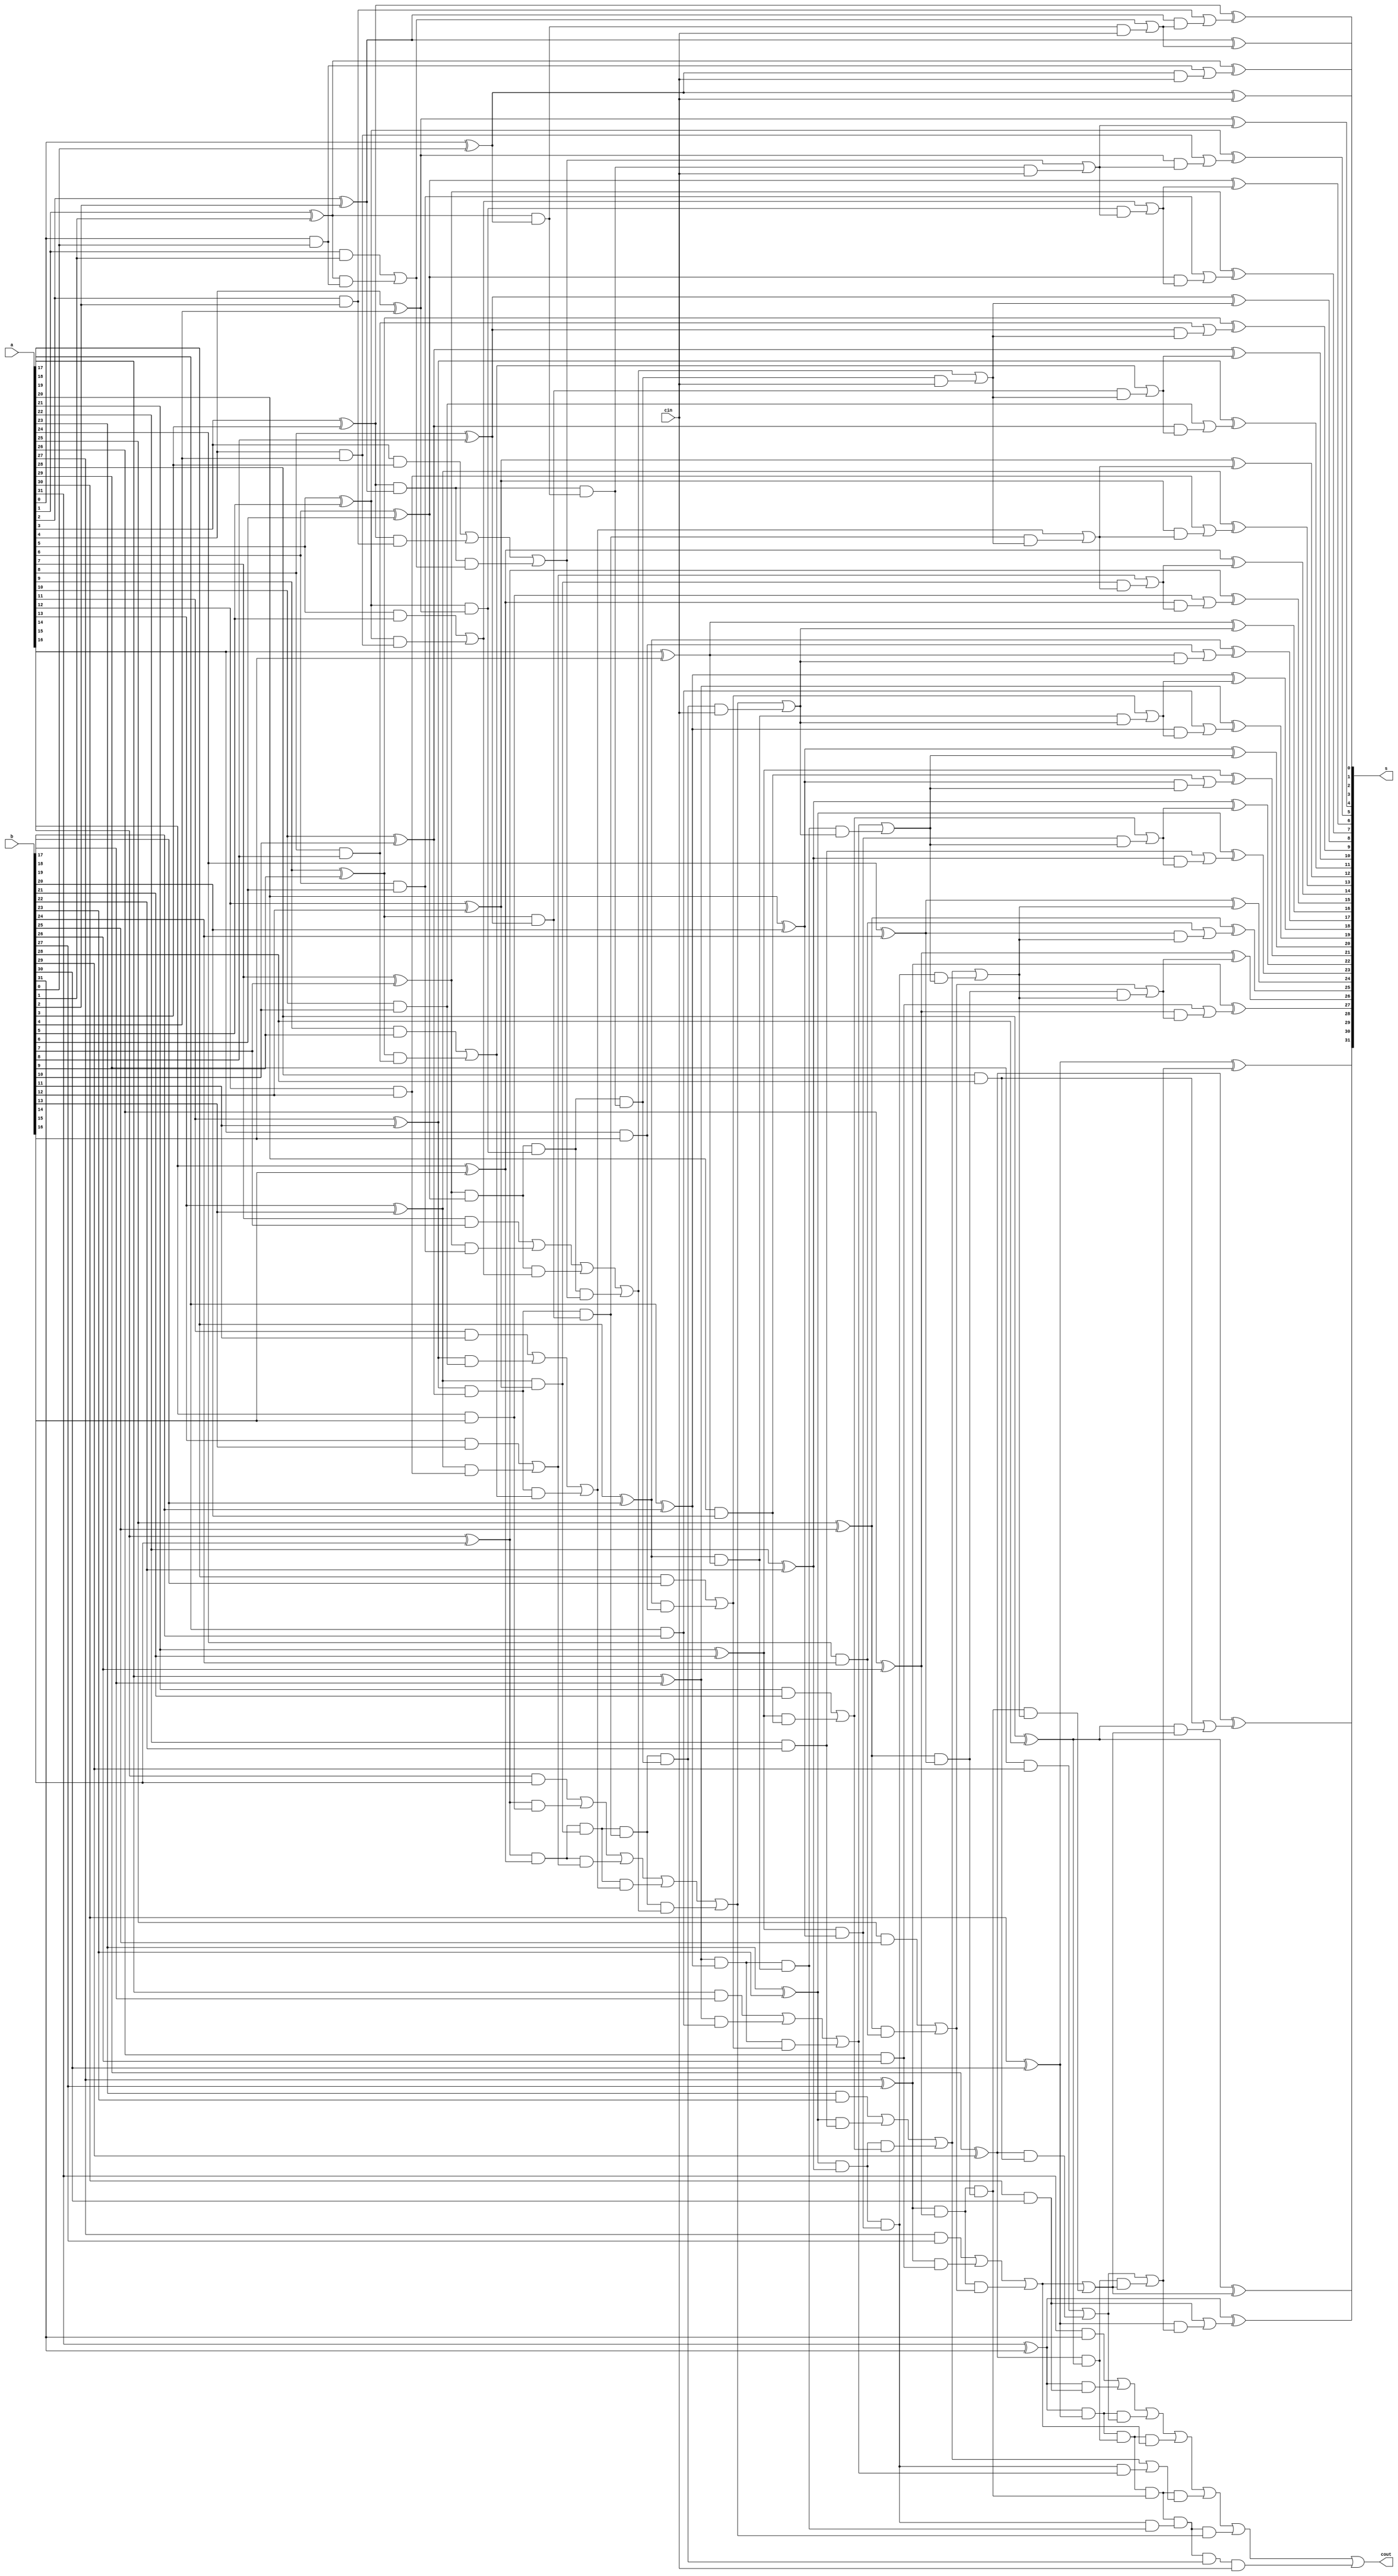
module bentkung(a,b,cin,s,cout);
input[31:0] a,b;
input cin;
output[31:0] s;
output cout;
wire [32:0] c;
wire[31:0] p1,g1;
wire[15:0] p2,g2;
wire[7:0] p3,g3;
wire[3:0] p4,g4;
wire[1:0] p5,g5;
wire [0:0]p6,g6;
assign c[0]=cin;
genvar i;
generate
for(i=0;i<=31;i=i+1)
begin: a1
assign p1[i]=a[i] ^ b[i];
assign g1[i]=a[i] & b[i];

end
endgenerate

generate
for(i=0;i<=15;i=i+1)
begin : a2
assign p2[i]= p1[2*i+1] & p1[2*i];
assign g2[i]= g1[2*i+1]| (p1[2*i+1] & g1[2*i]);
end
endgenerate

generate
for(i=0;i<=7;i=i+1)
begin: a3
assign p3[i]= p2[2*i+1] & p2[2*i];
assign g3[i]=g2[2*i+1]| (p2[2*i+1] & g2[2*i]);
end
endgenerate

generate
for(i=0;i<=3;i=i+1)
begin: a4
assign p4[i]=p3[2*i+1] & p3[2*i];
assign g4[i]=g3[2*i+1] |  (p3[2*i+1] & g3[2*i]);
end
endgenerate

generate
for(i=0;i<=1;i=i+1)
begin: a5
assign p5[i]=p4[2*i+1] & p4[2*i];
assign g5[i]=g4[2*i+1] |  (p4[2*i+1] & g4[2*i]);
end
endgenerate

generate
for(i=0;i<=0;i=i+1)
begin: a6
assign p6[i]=p5[2*i+1] & p5[2*i];
assign g6[i]=g5[2*i+1] |  (p5[2*i+1] & g5[2*i]);
end
endgenerate

assign c[1]= g1[0] | ( p1[0] & c[0]);
assign c[2]= g2[0] | ( p2[0] & c[0]);
assign c[4]= g3[0] | ( p3[0] & c[0]);
assign c[8]= g4[0] | ( p4[0] & c[0]);
assign c[16]= g5[0] | ( p5[0] & c[0]);
assign c[32]= g6[0] | ( p6[0] & c[0]);

assign c[3]=g1[2] | (p1[2] & c[2]);
assign c[5]= g1[4] | ( p1[4] & c[4]);
assign c[6]= g2[2] | ( p2[2] & c[4]);
assign c[9]= g1[8] | ( p1[8] & c[8]);
assign c[10]= g2[4] | ( p2[4] & c[8]);
assign c[12]= g3[2] | ( p3[2] & c[8]);


assign c[13]= g1[12] | ( p1[12] & c[12]);
assign c[7]= g1[6] | ( p1[6] & c[6]);
assign c[11]= g1[10] | ( p1[10] & c[10]);
assign c[14]= g2[6] | ( p2[6] & c[12]);


assign c[15]= g1[14] | ( p1[14] & c[14]);
assign c[17]= g1[16] | ( p1[16] & c[16]);
assign c[18]= g2[8] | ( p2[8] & c[16]);
assign c[20]= g3[4] | ( p3[4] & c[16]);

assign c[19]= g1[18] | ( p1[18] & c[18]);
assign c[21]= g1[20] | ( p1[20] & c[20]);
assign c[22]= g2[10] | ( p2[10] & c[20]);
assign c[24]= g3[5] | ( p3[5] & c[20]);

assign c[23]= g1[22] | ( p1[22] & c[22]);
assign c[25]= g1[24] | ( p1[24] & c[24]);
assign c[26]= g2[12] | ( p2[12] & c[24]);
assign c[28]= g3[6] | ( p3[6] & c[24]);

assign c[27]= g1[26] | ( p1[26] & c[26]);
assign c[29]= g1[28] | ( p1[28] & c[28]);
assign c[30]= g2[14] | ( p2[14] & c[28]);

assign c[31]= g1[30] | ( p1[30] & c[30]);

generate
for(i=0;i<=31;i=i+1)
begin: a9
assign s[i]= p1[i] ^ c[i];
end
endgenerate


assign  cout=c[32];


endmodule